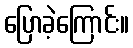
ပြောခဲ့ကြောင်း။